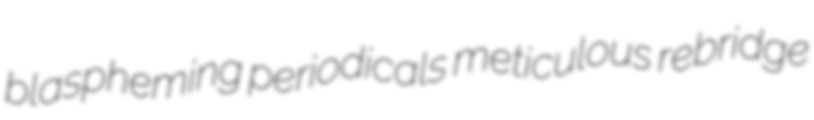
blaspheming periodicals meticulous rebridge